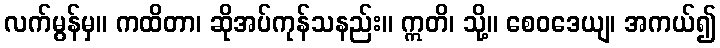
လက်မွန်မှ။ ကထိတာ၊ ဆိုအပ်ကုန်သနည်း။ ဣတိ၊ သို့။ စေဝဒေယျ၊ အကယ်၍